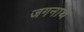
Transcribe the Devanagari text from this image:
जगनाथ